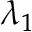
\lambda _ { 1 }